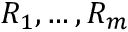
R _ { 1 } , \dots , R _ { m }